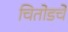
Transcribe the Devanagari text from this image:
चितोडचे